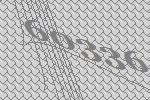
60336